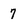
Character: 7